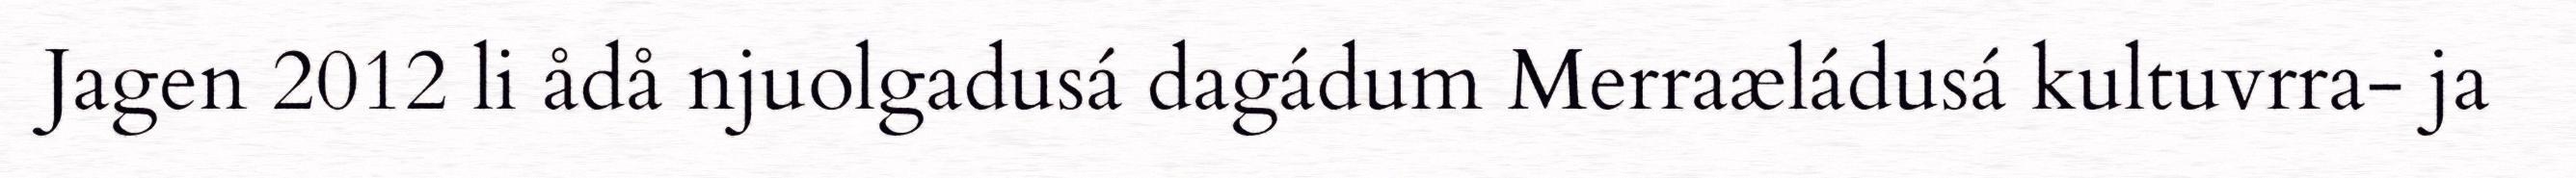
Jagen 2012 li ådå njuolgadusá dagádum Merraæládusá kultuvrra- ja